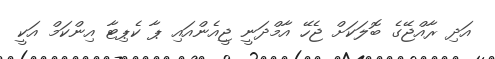
އަދި ރާއްޖޭގެ ބޮލަކަށް ޖެހޭ އާމްދަނީ ޖީއެންއައި ޕާ ކެޕިޓާ އިންކަމް އަކީ